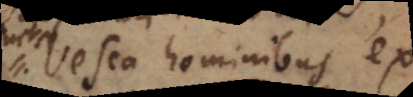
Vesca hominibus ex